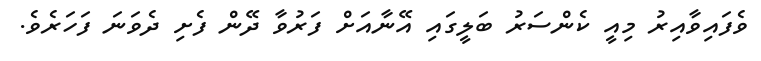
ވެފައިވާއިރު މިއީ ކެންސަރު ބަލީގައި އޭނާއަށް ފަރުވާ ދޭން ފެށި ދެވަނަ ފަހަރެވެ.